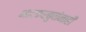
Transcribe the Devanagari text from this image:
भाटकरबुवांनाही